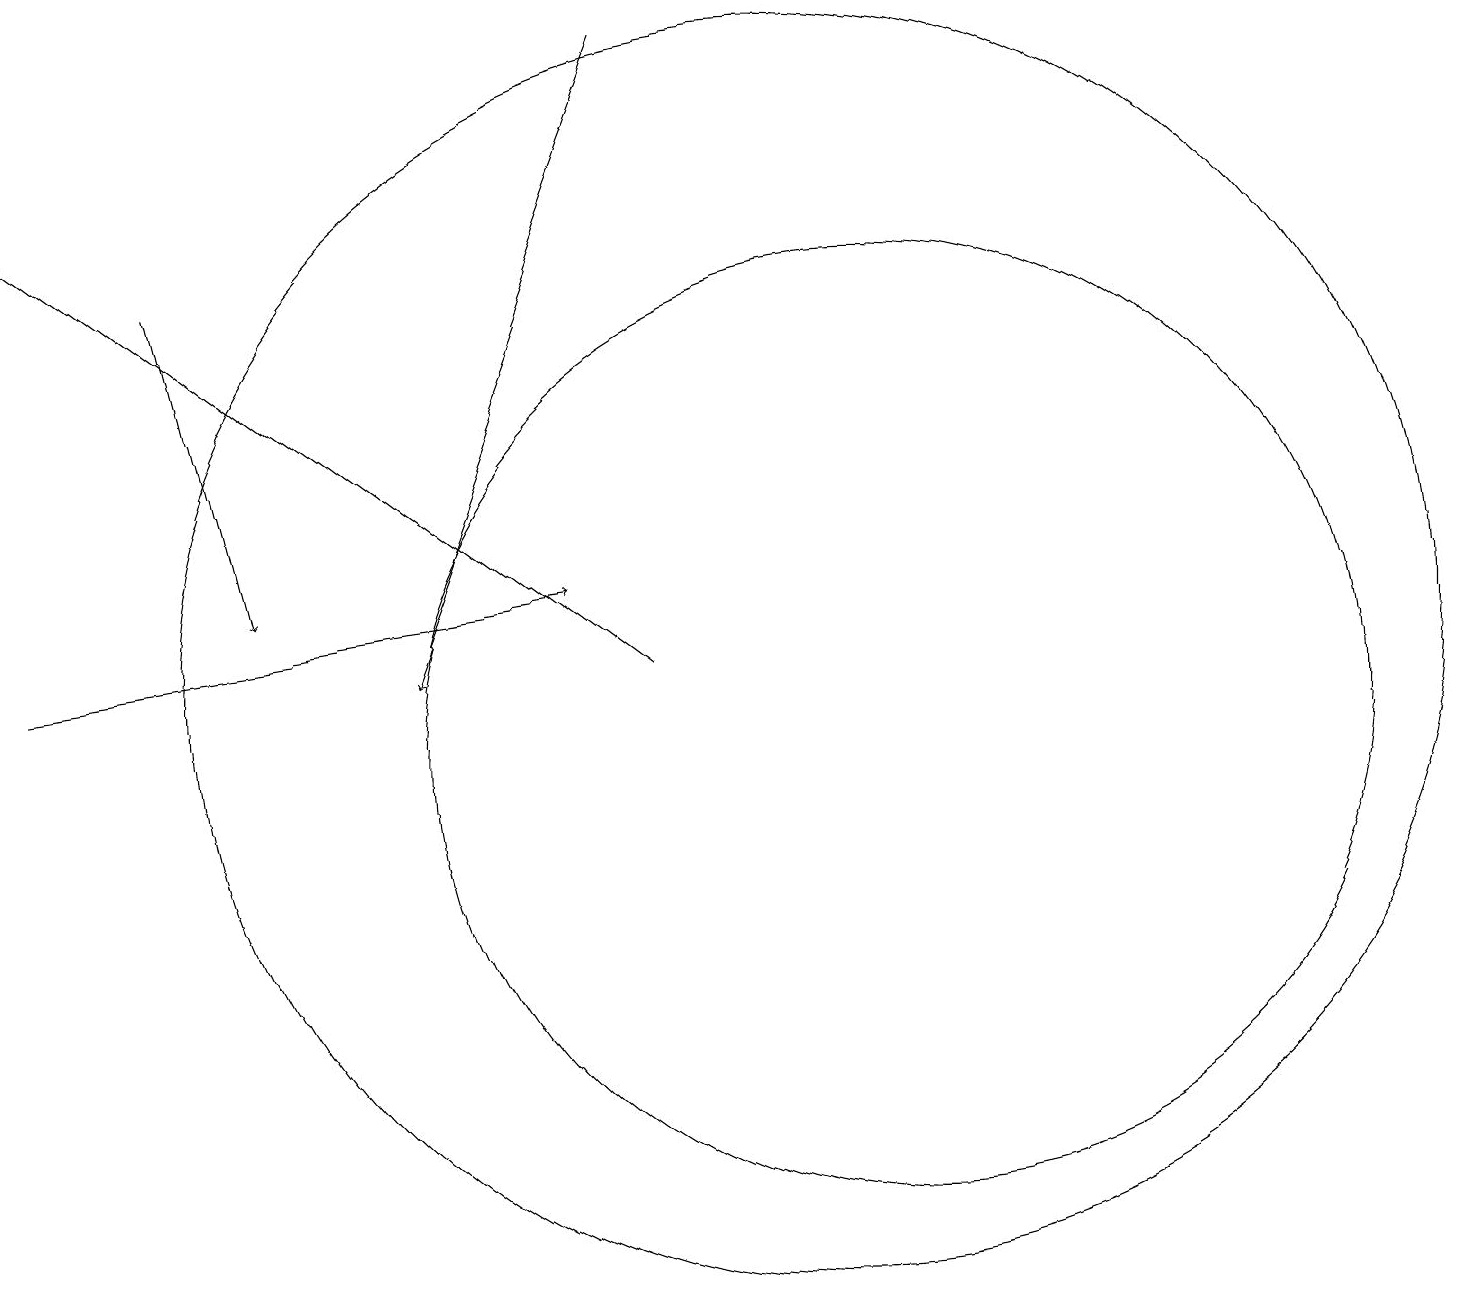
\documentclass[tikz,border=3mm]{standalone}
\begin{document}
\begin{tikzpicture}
\draw (11,11) circle (8);
\draw[->] (3,16) -- (4,12);
\draw[->] (1,11) -- (8,12);
\draw[->] (9,19) -- (6,11);
\draw (12,10) circle (6);
\draw[->] (9,11) -- (1,17);
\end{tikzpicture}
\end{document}